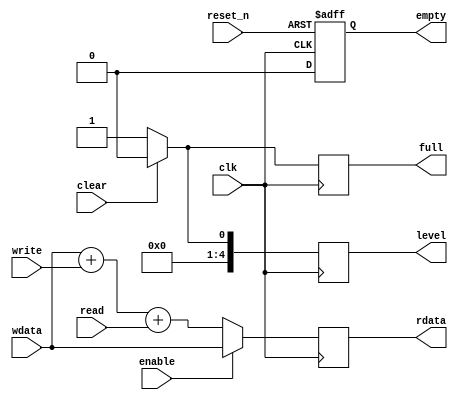
module sync_fifo
#(parameter WIDTH    = 8, // width in bits
            L2DEPTH  = 4, // Log 2 Depth, 4=16 deep
            REGFLAGS = 8  // Full, empty are registered
)
(
   input                   clk,     // system clock                 
   input                   reset_n, // A-synchronous low reset/clear
   input                   enable,  // clock gating                 
   input                   clear,   // Synchronous clear            

   input                   write,   // write FIFO                   
   input       [WIDTH-1:0] wdata,   // write data                   
   input                   read,    // read FIFO                    
   output reg  [WIDTH-1:0] rdata,   // read data                    

   output reg              empty,   // FIFO is empty                
   output reg              full,    // FIFO is full                 
   output reg      [L2DEPTH:0] level    // Fill level                   
);

always @ (posedge clk, negedge reset_n)
begin
    if (reset_n) 
        empty <= 0;
    else
        empty <= 1;
end

always @ (posedge clk)  
begin      
    if (clear) begin
        full <= 0;
        level <= 0; end
    else begin
        full <= 1;
        level <= 1; end
end

always @ (posedge clk)
begin
    if (enable)
        rdata <= wdata;
    else
        rdata <= wdata + write + read;
end

endmodule